Report on the cultivation of protesoma, Labbé, in grey mosquitoes
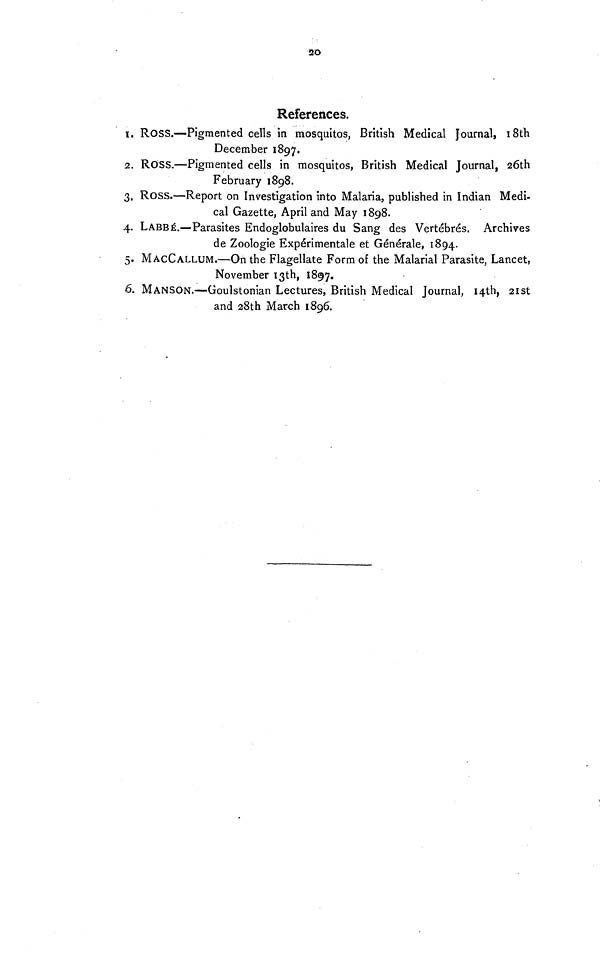
20
References.
1. ROSS.—Pigmented cells in mosquitos, British Medical Journal, 18th
December 1897.
2. ROSS.—Pigmented cells in mosquitos, British Medical Journal, 26th
February 1898.
3. Ross.—Report on Investigation into Malaria, published in Indian Medi-
cal Gazette, April and May 1898.
4. LABBÉ.—Parasites Endoglobulaires du Sang des Vertébrés, Archives
de Zoologie Expérimentale et Générale, 1894.
5. MACCALLUM.—On the Flagellate Form of the Malarial Parasite, Lancet,
November 13th, 1897.
6. MANSON.—Goulstonian Lectures, British Medical Journal, I4th, 21st
and 28th March 1896.